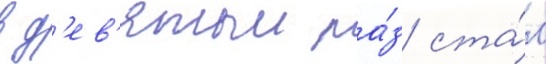
в д'ев'ятыи ра́з ста́л